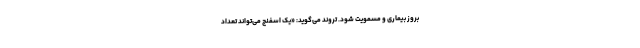
بروز بیماری و مسمویت شود. تروند می‌گوید: «یک اسفنج می‌تواند تعداد